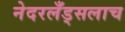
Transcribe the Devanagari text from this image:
नेदरलँड्सलाच